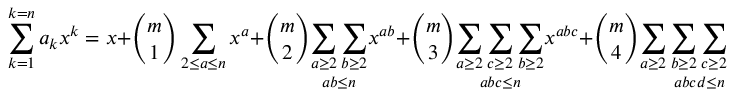
\sum _ { k = 1 } ^ { k = n } a _ { k } x ^ { k } = x + { \binom { m } { 1 } } \sum _ { 2 \leq a \leq n } x ^ { a } + { \binom { m } { 2 } } { \underset { a b \leq n } { \sum _ { a \geq 2 } \sum _ { b \geq 2 } } } x ^ { a b } + { \binom { m } { 3 } } { \underset { a b c \leq n } { \sum _ { a \geq 2 } \sum _ { c \geq 2 } \sum _ { b \geq 2 } } } x ^ { a b c } + { \binom { m } { 4 } } { \underset { a b c d \leq n } { \sum _ { a \geq 2 } \sum _ { b \geq 2 } \sum _ { c \geq 2 } \sum _ { d \geq 2 } } } x ^ { a b c d } + \cdots